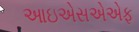
આઇએસએએફ